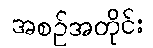
အစဉ်အတိုင်း